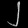
Digit: ၂